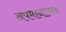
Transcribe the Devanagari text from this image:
अपमानात्मक